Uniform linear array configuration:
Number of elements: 4
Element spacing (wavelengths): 0.5
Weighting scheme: hamming
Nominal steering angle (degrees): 45
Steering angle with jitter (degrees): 45.151
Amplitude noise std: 0.05
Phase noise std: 0.05

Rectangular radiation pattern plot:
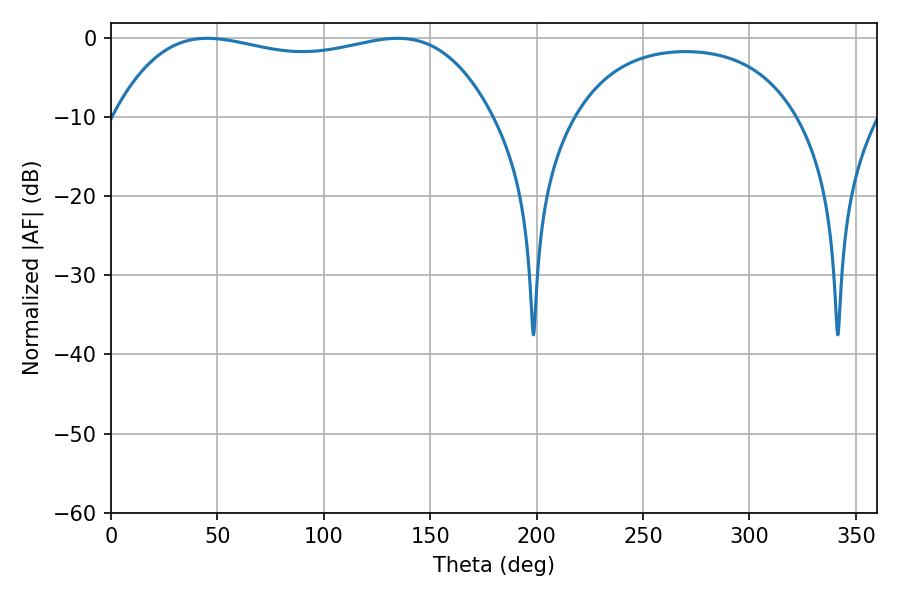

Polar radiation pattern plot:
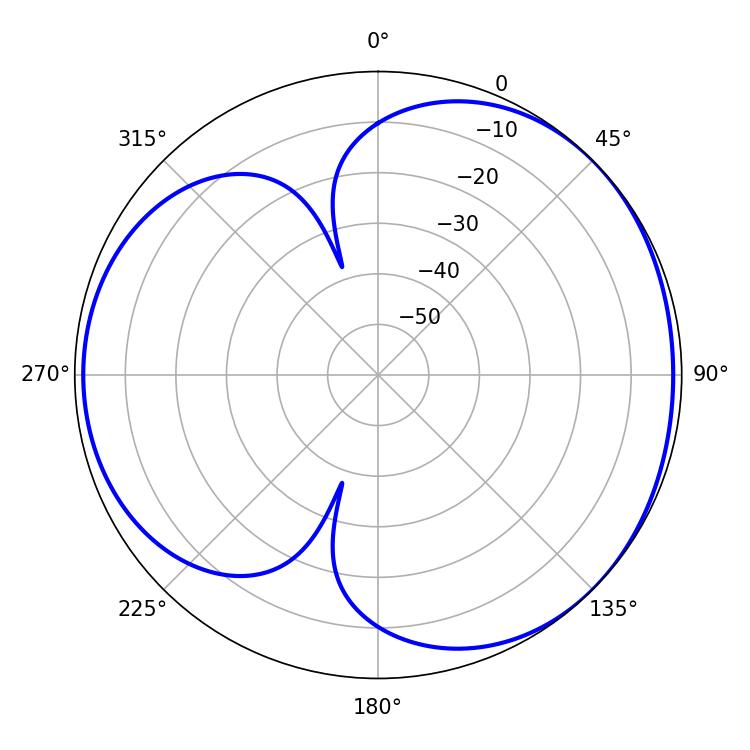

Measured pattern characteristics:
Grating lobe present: FALSE
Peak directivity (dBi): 3.803
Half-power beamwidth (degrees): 142.56
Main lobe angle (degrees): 45.36